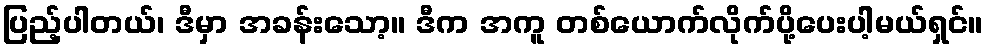
ပြည့်ပါတယ်၊ ဒီမှာ အခန်းသော့။ ဒီက အကူ တစ်ယောက်လိုက်ပို့ပေးပါ့မယ်ရှင်။